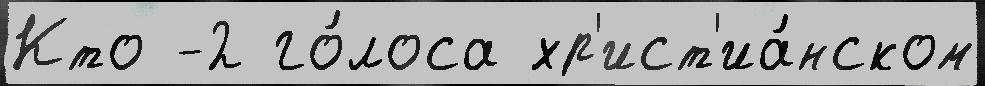
Кто -2 го́лоса хр'ист'иа́нском